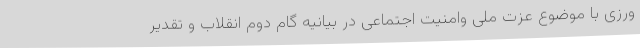
ورزی با موضوع عزت ملی وامنیت اجتماعی در بیانیه گام دوم انقلاب و تقدیر